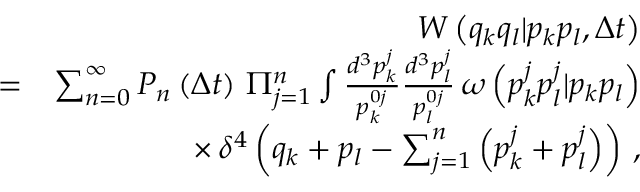
\begin{array} { r l r } & { } & { W \left( q _ { k } q _ { l } | p _ { k } p _ { l } , \Delta t \right) } \\ & { = } & { \sum _ { n = 0 } ^ { \infty } P _ { n } \left( \Delta t \right) \, \Pi _ { j = 1 } ^ { n } \int \frac { d ^ { 3 } p _ { k } ^ { j } } { p _ { k } ^ { 0 j } } \frac { d ^ { 3 } p _ { l } ^ { j } } { p _ { l } ^ { 0 j } } \, \omega \left( p _ { k } ^ { j } p _ { l } ^ { j } | p _ { k } p _ { l } \right) } \\ & { } & { \times \, \delta ^ { 4 } \left( q _ { k } + p _ { l } - \sum _ { j = 1 } ^ { n } \left( p _ { k } ^ { j } + p _ { l } ^ { j } \right) \right) \, , } \end{array}